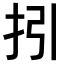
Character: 𢪉